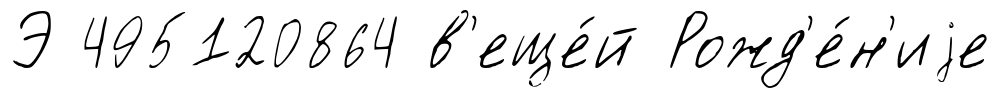
Э 495120864 в'еще́й Рожд'е́н'иjе